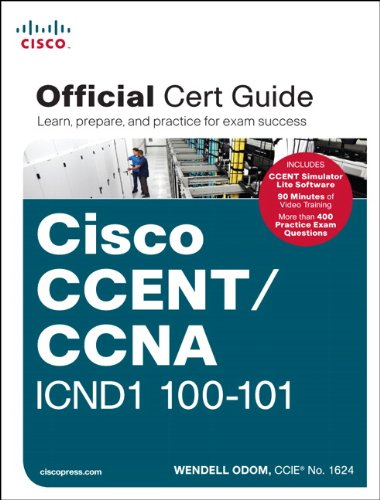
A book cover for CCENT/CCNA ICND1 100-101 Official Cert Guide; Wendell Odom; Computers & Technology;